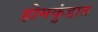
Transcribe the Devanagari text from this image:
होमकुंडात